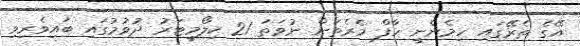
އޭގެ ތެރޭގައި ހިމެނެނީ ހާފް މެރެތަން ނުވަތަ 21 ކިލޯމީޓަރު ދުވުމުގައި ބައިވެރިވި